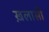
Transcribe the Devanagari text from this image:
ख़लासी